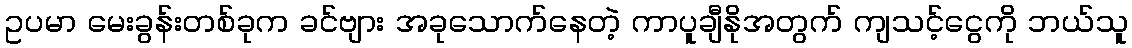
ဥပမာ မေးခွန်းတစ်ခုက ခင်ဗျား အခုသောက်နေတဲ့ ကာပူချီနိုအတွက် ကျသင့်ငွေကို ဘယ်သူ